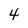
Character: 4